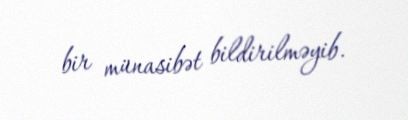
bir münasibət bildirilməyib.